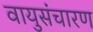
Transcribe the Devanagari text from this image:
वायुसंचारण